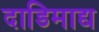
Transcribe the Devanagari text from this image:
दाडिमाद्य